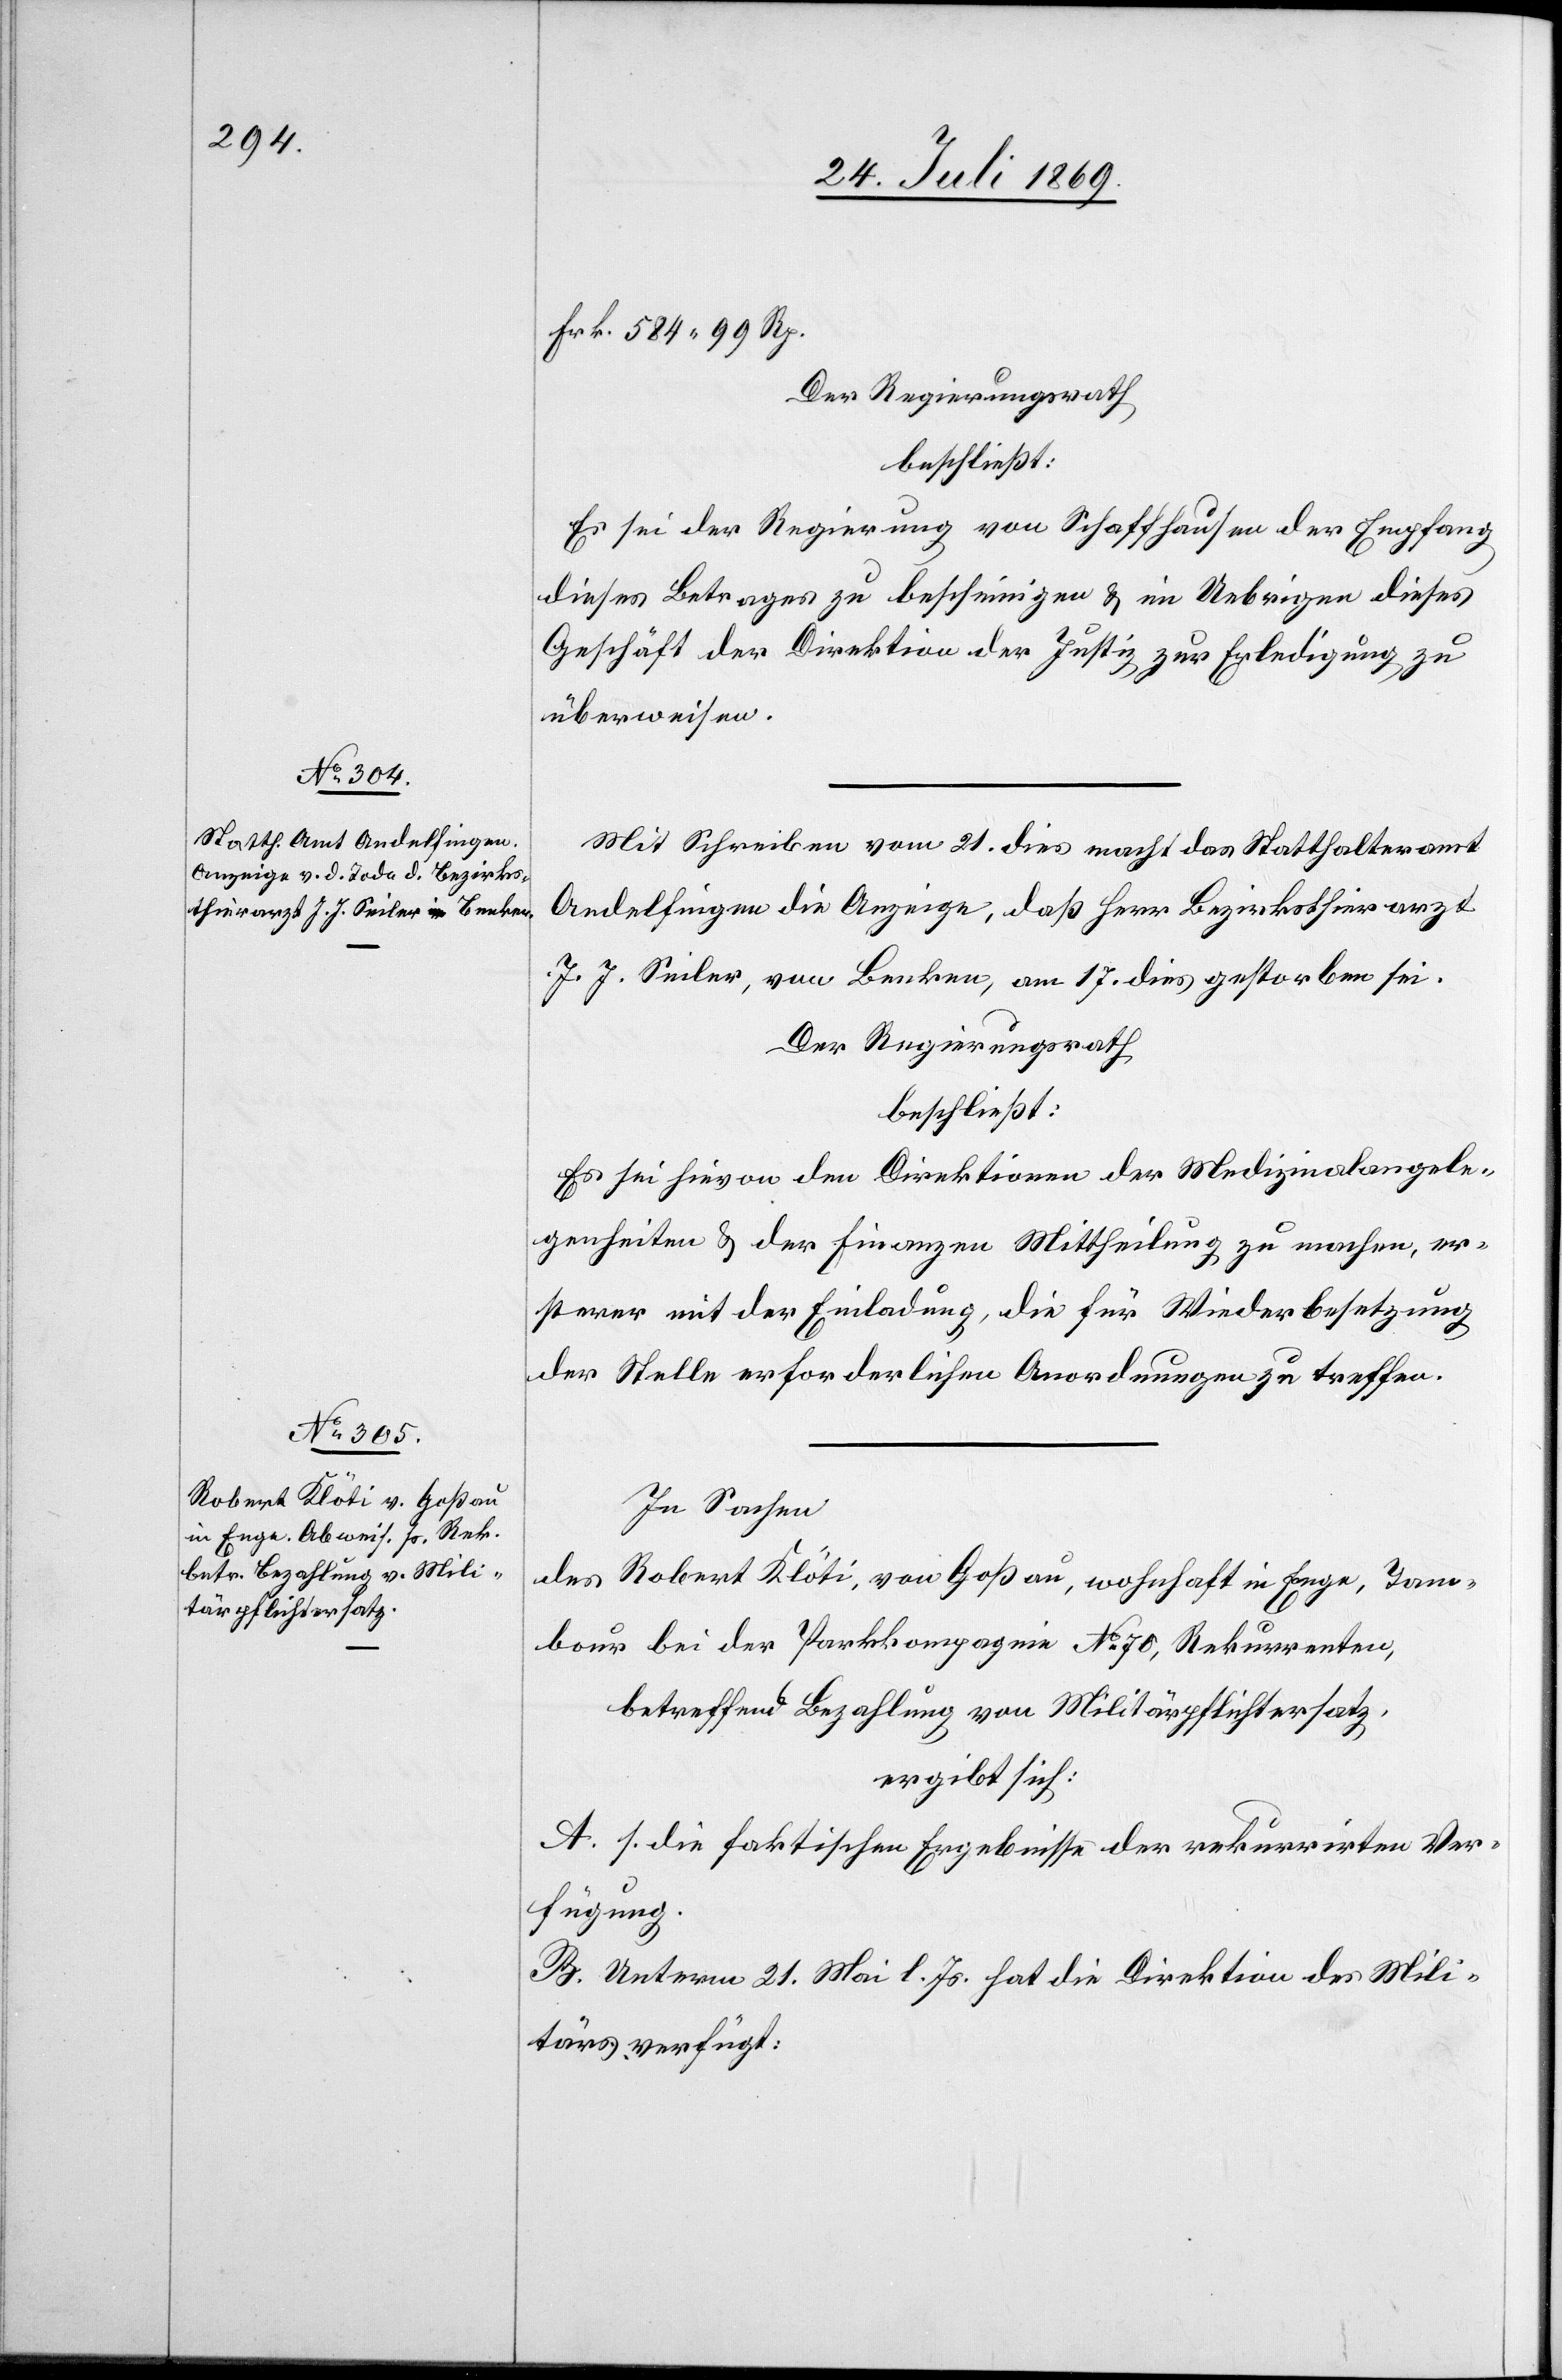
Frk. 584.99 Rp.
Der Regierungsrath
beschließt:
Es sei der Regierung von Schaffhausen der Empfang
dieses Betrages zu bescheinigen u. im Uebrigen dieses
Geschäft der Direktion der Justiz zur Erledigung zu
überweisen.
Mit Schreiben vom 21 dies macht das Statthalteramt
Andelfingen die Anzeige, daß Herr Bezirksthierarzt
J. J. Seiler, von Benken, am 17 dies gestorben sei.
Der Regierungsrath
beschließt:
Es sei hievon den Direktionen der Medizinalangele¬
genheiten u. der Finanzen Mittheilung zu machen, er¬
sterer mit der Einladung, die für Wiederbesetzung
der Stelle erforderlichen Anordnungen zu treffen.
In Sachen
des Robert Klöti, von Goßau, wohnhaft in Enge, Tann¬
baur bei der Parkkompagnie N° 70, Rekurrenten,
betreffend Bezahlung von Militärpflichtersatz,
ergibt sich:
A. s. die faktischen Ergebnisse der rekurrirten Ver¬
fügung.
B. Unterm 21 Mai l. Js. hat die Direktion des Mili¬
tärs verfügt: